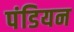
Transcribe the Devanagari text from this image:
पंडियन